Investigations on Bengal jail dietaries - Number 37
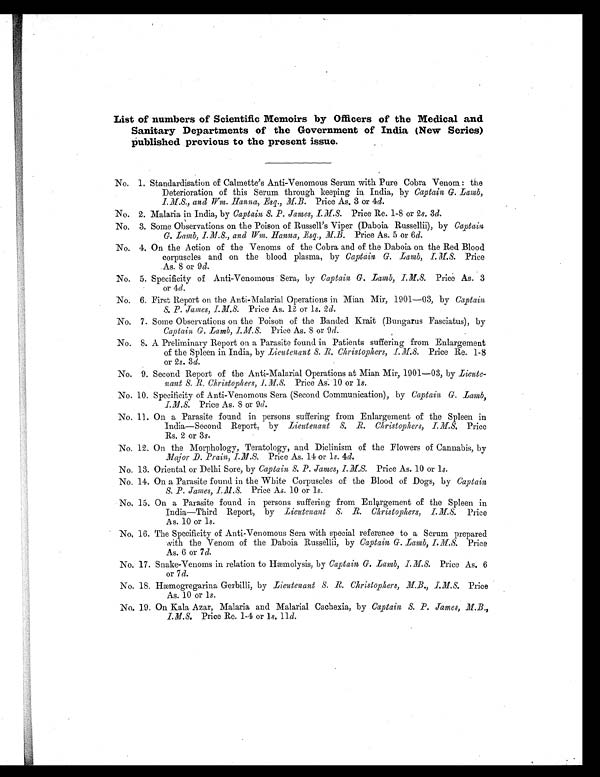
List of numbers of Scientific Memoirs by Officers of the Medical and
Sanitary Departments of the Government of India (New Series)
Published previous to the present issue.
No. 1. Standardisation of Calmette's Anti-Venomous Serum with Pure Cobra Venom : the
Deterioration of this Serum through keeping in India, by Captain G. Lamb,
I.M.S., and Wm. Hanna, Esq., M.B. Price As. 3 or 4d.
No. 2. Malaria in India, by Captain S. P. James, .I.M.S. Price Re. 1-8 or 2s. 3d.
No. 3. Some Ob servations on the Poison of Russell's Viper (Daboia Russellii), by Captain
G. Lamb,I.M.S and Wm. Hanna, Esq., M.B. Price As. 5 or 6d.
No. 4. On the Action of the Venoms of the Cobra and of the Daboia on the Red Blood
corpuscles and on the blood plasma, by Captain G. Lamb, I.M.S. Price
As. 8 or 9d.
No. 5. Specificity of Anti-Venomous Sera, by Captain G. Lamb,I.M.S. Price As. 3
or 4d.
No. 6. First Report on the Anti-Malarial Operations in Mian Mir, 1901-03, by Captain,
S. P. James, I.M.S. Price As. 12 or ls. 2d.
No. 7. Some Observations on the Poison of the Banded Krait (Bungarus Fasciatus), by
Captain G. Lamb, I.M.S. Price As. 8 or 9d.
No. 8. A Preliminary Report on a Parasite found in Patients suffering from Enlargement
of the Spleen in India, by Lieutenant S. R. Christophers, I.M.S. Price Re. 1-8
or 2s. 3d.
No. 9. Second Report of the Anti-Malarial Operations at Mian Mir, 1901—03, by Lieute-
nant S.R. Christophers, I.M.S. Price As. 10 or 1s.
No. 10. Specificity of Anti-Venomous Sera (Second Communication), by Captain G. Lamb,
I.M.S. Price As. 8 or 9d.
No. 11. On a Parasite found in persons suffering from Enlargement of the Spleen in
India-Second Report, by Lieutenant S. R. Christophers,I.M.S. P r i c e
Rs. 2 or 3s.
No. 12. On the Morphology, Teratology, and Diclinism of the Flowers of Cannabis, by
Major D. Prain, I.M.S.. Price As. 14 or 1s. 4d.
No. 13. Oriental or Delhi Sore, by Captain S. P. James, I. M.S.. Price As. 10 or 1s.
No. 14. On a Parasite found in the White Corpuscles of the Blood of Dogs, by Captain
S. P. James, I.M.S. Price As. 10 or 1s .
No. 15. On a Parasite found in persons suffering from Enlargement of the Spleen in
India—Third Report, by Lieutenant S, R. Christophers, I.M.S. Price
As. 10 or 1s.
No. 16. The Specificity of Anti-Venomous Sera with special reference to a Serum prepared
with the Venom of the Daboia Russellii, by Captain G. Lamb, I.M.S. Price
As. 6 or 7d.
No. 17. Snake-Venoms in relation to Hæmolysis, by Captain G. Lamb, I.M.S. Price As. 6
or 7d.
No. 18.Hæmogregarina Gerbilli, by Lieutenant S. R. Christophers, M.B., I.M.S. Price
As. 10 or 1s.
No. 19. On Kala Azar, Malaria and Malarial Cachexia, by Captain S. P. James, M.B.,
I.M.S. Price Re. 1-4 or 1s. 11d.